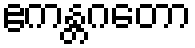
ဧကန္တဂတော